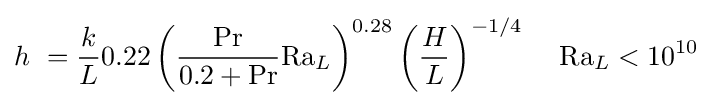
h\ ={\frac {k}{L}}0.22\left({\frac {\mathrm {Pr} }{0.2+\mathrm {Pr} }}\mathrm {Ra} _{L}\right)^{0.28}\left({\frac {H}{L}}\right)^{-1/4}\,\quad \mathrm {Ra} _{L}<10^{10}